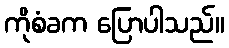
ကိုစံခက ပြောပါသည်။